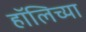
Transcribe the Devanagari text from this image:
हॉलिच्या